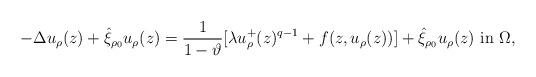
LaTeX: \begin{align*}-\Delta u_{\rho}(z)+\hat{\xi}_{\rho_0}u_{\rho}(z)=\frac{1}{1-\vartheta}[\lambda u^+_{\rho}(z)^{q-1}+f(z,u_{\rho}(z))]+\hat{\xi}_{\rho_0}u_{\rho}(z)\ \mbox{in}\ \Omega,\end{align*}